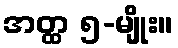
အတ္ထ ၅-မျိုး။